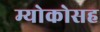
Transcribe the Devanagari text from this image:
म्योकोसह